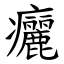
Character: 㿛